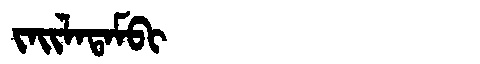
Manchu: ᠵᠠᡳᠯᠠᡨᠠᠮᠪᡳ
Romanization: JAILATAMBI